Source: Handwritten
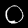
Digit: ၀ (0)